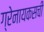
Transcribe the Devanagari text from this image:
ग्रेनायकसची